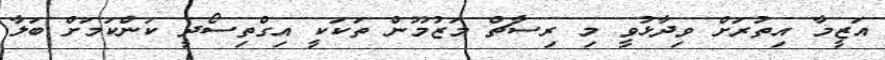
އަޒީމާ އިތުރަށް ވިދާޅުވީ މި ރިސާޗް މަޒުމޫން ތަކަކީ އިގްތިސޯދީ ކަންކަމަށް ބަލާ